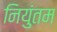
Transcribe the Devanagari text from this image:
नियुंतम